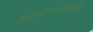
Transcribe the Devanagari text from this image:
विबोधोअमर्स्चप्यवहित्थमदोग्रता